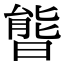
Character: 𣉘